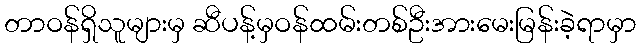
တာဝန်ရှိသူများမှ ဆီပန့်မှဝန်ထမ်းတစ်ဦးအားမေးမြန်းခဲ့ရာမှာ